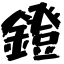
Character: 鐙